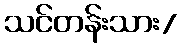
သင်တန်းသား/